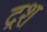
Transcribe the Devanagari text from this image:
द्रश